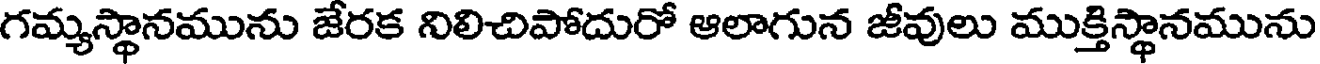
గమ్యస్థానమును జేరక నిలిచిపోదురో ఆలాగున జీవులు ముక్తిస్థానమును